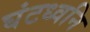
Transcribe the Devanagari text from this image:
घंटध्वनि